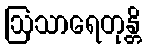
ဩသာရေတုန္တိ